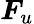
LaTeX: \boldsymbol{F}_{u}